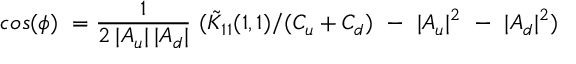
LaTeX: c o s ( \phi ) \ = \frac { 1 } { 2 \: | A _ { u } | \: | A _ { d } | } \ ( \tilde { K } _ { 1 1 } ( 1 , 1 ) / ( C _ { u } + C _ { d } ) \ - \ | A _ { u } | ^ { 2 } \ - \ | A _ { d } | ^ { 2 } )